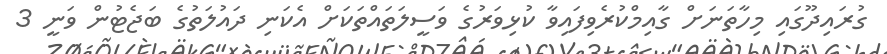
ގުރައިދޫގައި މިހާތަނަށް ގާއިމްކުރެވިފައިވާ ކުޅިވަރުގެ ވަސީލަތައްތަކަށް އެކަނި ދައުލަތުގެ ބަޖެޓުން ވަނީ 3